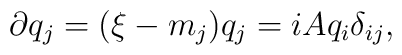
\partial q_j = (\xi - m_j) q_j = i A q_i \delta_{ij},